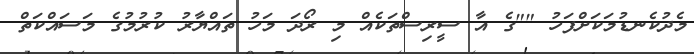
މެދުކެނޑުމަކަށްފަހު ""ގެ އާ ސީރިސްތަކެއް މި ރޯދަ މަހު ތައްޔާރު ކުރުމުގެ މަސައްކަތް